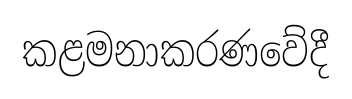
කළමනාකරණවේදී